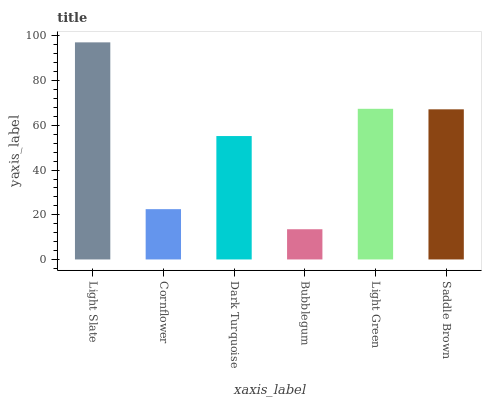
| xaxis_label | bars |
 | --- | --- |
 | Light Slate | 97.2 |
 | Cornflower | 22.5 |
 | Dark Turquoise | 55.2 |
 | Bubblegum | 13.5 |
 | Light Green | 67.4 |
 | Saddle Brown | 67.2 |